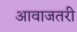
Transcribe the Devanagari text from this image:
आवाजतरी